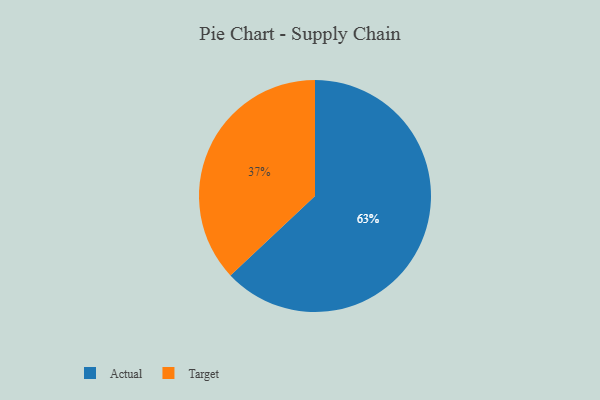
{"axis": {"x": "Category", "y": "Percentage"}, "legend": ["Actual", "Target"], "data": [{"x": "Target", "y": 37, "type": "Target"}, {"x": "Actual", "y": 63, "type": "Actual"}]}